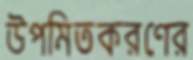
উপমিতকরণের